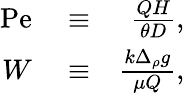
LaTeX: \begin{array}{rlr}{\mathrm{Pe}}&{{}\equiv}&{\frac{QH}{\theta D},}\\ {W}&{{}\equiv}&{\frac{k\Delta_{\rho}g}{\mu Q},}\end{array}